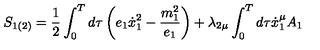
S _ { 1 ( 2 ) } = \frac 1 2 \int _ { 0 } ^ { T } d \tau \left( e _ { 1 } \dot { x } _ { 1 } ^ { 2 } - \frac { m _ { 1 } ^ { 2 } } { e _ { 1 } } \right) + \lambda _ { 2 \mu } \int _ { 0 } ^ { T } d \tau \dot { x } _ { 1 } ^ { \mu } A _ { 1 }